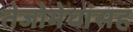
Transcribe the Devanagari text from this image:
तेजोमेघांसह